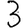
Digit: 3